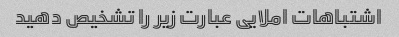
اشتباهات املایی عبارت زیر را تشخیص دهید